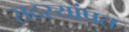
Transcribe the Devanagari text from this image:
सदस्यांप्रत